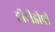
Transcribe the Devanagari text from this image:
डीटीडीपी